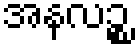
အနလဉ္စ